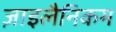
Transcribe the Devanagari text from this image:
ज़ाइलैनिकम